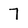
Character: 7